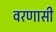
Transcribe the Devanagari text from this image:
वरणासी